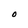
Character: O